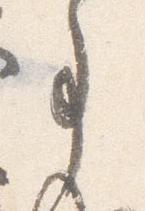
事